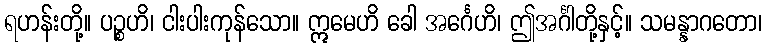
ရဟန်းတို့။ ပဉ္စဟိ၊ ငါးပါးကုန်သော။ ဣမေဟိ ခေါ အင်္ဂေဟိ၊ ဤအင်္ဂါတို့နှင့်။ သမန္နာဂတော၊